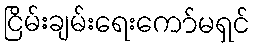
ငြိမ်းချမ်းရေးကော်မရှင်